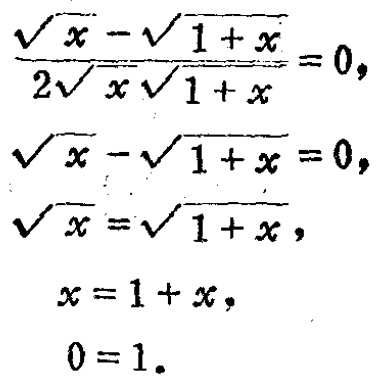
\[\frac{\sqrt{x}-\sqrt{1 + x}}{2\sqrt{x}\sqrt{1 + x}} = 0,\]

\[\sqrt{x}-\sqrt{1 + x} = 0,\]

\[\sqrt{x}=\sqrt{1 + x},\]

\[x = 1 + x,\]

\[0 = 1.\]